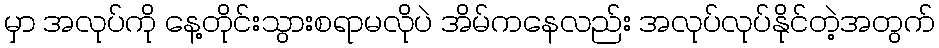
မှာ အလုပ်ကို နေ့တိုင်းသွားစရာမလိုပဲ အိမ်ကနေလည်း အလုပ်လုပ်နိုင်တဲ့အတွက်